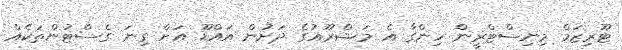
ޓޫރިޒަމް މިނިސްޓްރީން ހިންގާ އެ މަޝްރޫއުގެ ދަށުން އައްޑޫ އަށް ގިނަ ގެސްޓުންތަކެއް